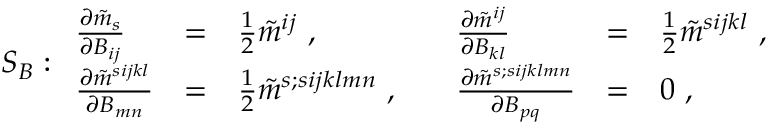
S _ { B } : \begin{array} { l l l l l l } { { \frac { \partial \tilde { m } _ { s } } { \partial B _ { i j } } } } & { { = } } & { { \frac { 1 } { 2 } \tilde { m } ^ { i j } \ , \quad } } & { { \frac { \partial \tilde { m } ^ { i j } } { \partial B _ { k l } } } } & { { = } } & { { \frac { 1 } { 2 } \tilde { m } ^ { s i j k l } \ , \quad } } \\ { { \frac { \partial \tilde { m } ^ { s i j k l } } { \partial B _ { m n } } } } & { { = } } & { { \frac { 1 } { 2 } \tilde { m } ^ { s ; s i j k l m n } \ , \quad } } & { { \frac { \partial \tilde { m } ^ { s ; s i j k l m n } } { \partial B _ { p q } } } } & { { = } } & { { 0 \ , \quad } } \end{array}